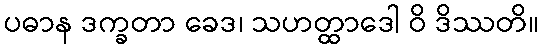
ပဓာန ဒက္ခတာ ခေဒ၊ သဟတ္ထာဒေါ ဝိ ဒိဿတိ။